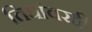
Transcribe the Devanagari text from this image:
तिघांवरही